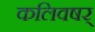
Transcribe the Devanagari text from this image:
कलिवषर्